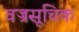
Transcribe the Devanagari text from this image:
वज्रसूचिक